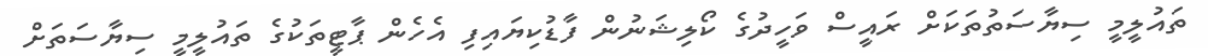
ތައުލީމީ ސިޔާސަތުތަކަށް ރައީސް ވަހީދުގެ ކޯލިޝަނުން ފާޑުކިޔައިފި އެހެން ޕާޓީތަކުގެ ތައުލީމީ ސިޔާސަތަށް